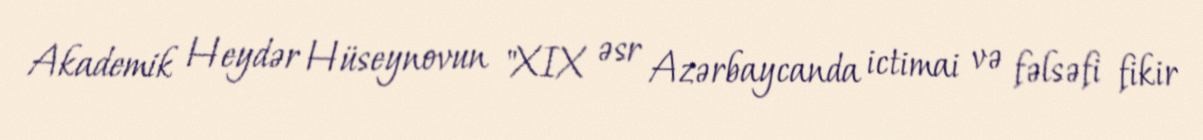
Akademik Heydər Hüseynovun "XIX əsr Azərbaycanda ictimai və fəlsəfi fikir